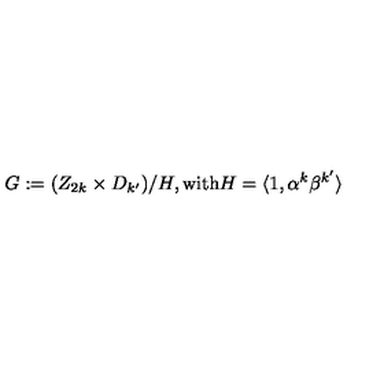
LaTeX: G : = ( Z _ { 2 k } \times D _ { k ^ { \prime } } ) / H , \mathrm { w i t h } H = \langle 1 , \alpha ^ { k } \beta ^ { k ^ { \prime } } \rangle